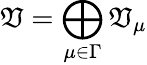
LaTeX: \mathfrak{V}=\bigoplus_{\mu\in\Gamma}\mathfrak{V}_{\mu}